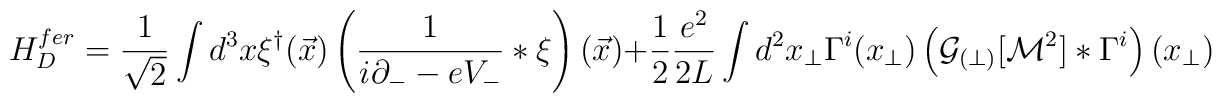
H^{fer}_D = \frac{1}{\sqrt{2}} \int d^3x \xi^{\dagger}(\vec{x})\left(\frac{1}{i \partial_{-} - e V_{-}} \ast \xi\right)(\vec{x}) + \frac 1 2 \frac{e^2}{2L} \int d^2x_\perp \Gamma^i (x_\perp) \left( {\cal G}_{(\perp)} [{\cal M}^2] \ast\Gamma^i \right) (x_\perp)